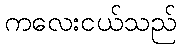
ကလေးငယ်သည်